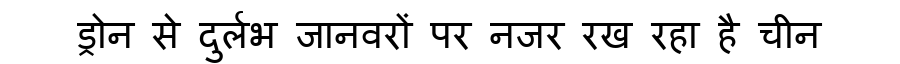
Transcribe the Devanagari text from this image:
ड्रोन से दुर्लभ जानवरों पर नजर रख रहा है चीन